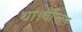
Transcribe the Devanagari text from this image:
था।चैप्लिन